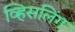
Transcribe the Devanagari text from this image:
व्हिसलिंग